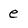
Character: e